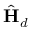
\hat { { \mathbf { H } } } _ { d }